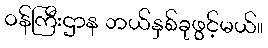
ဝန်ကြီးဌာန ဘယ်နှစ်ခုဖွင့်မယ်။